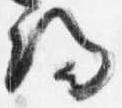
帰